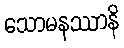
သောမနဿာနိ